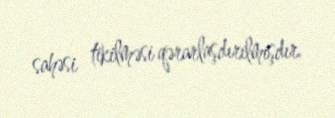
sahəsi tikilməsi qərarlaşdırılmışdır.